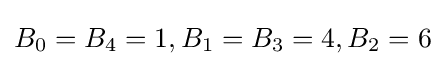
B_{0}=B_{4}=1,B_{1}=B_{3}=4,B_{2}=6